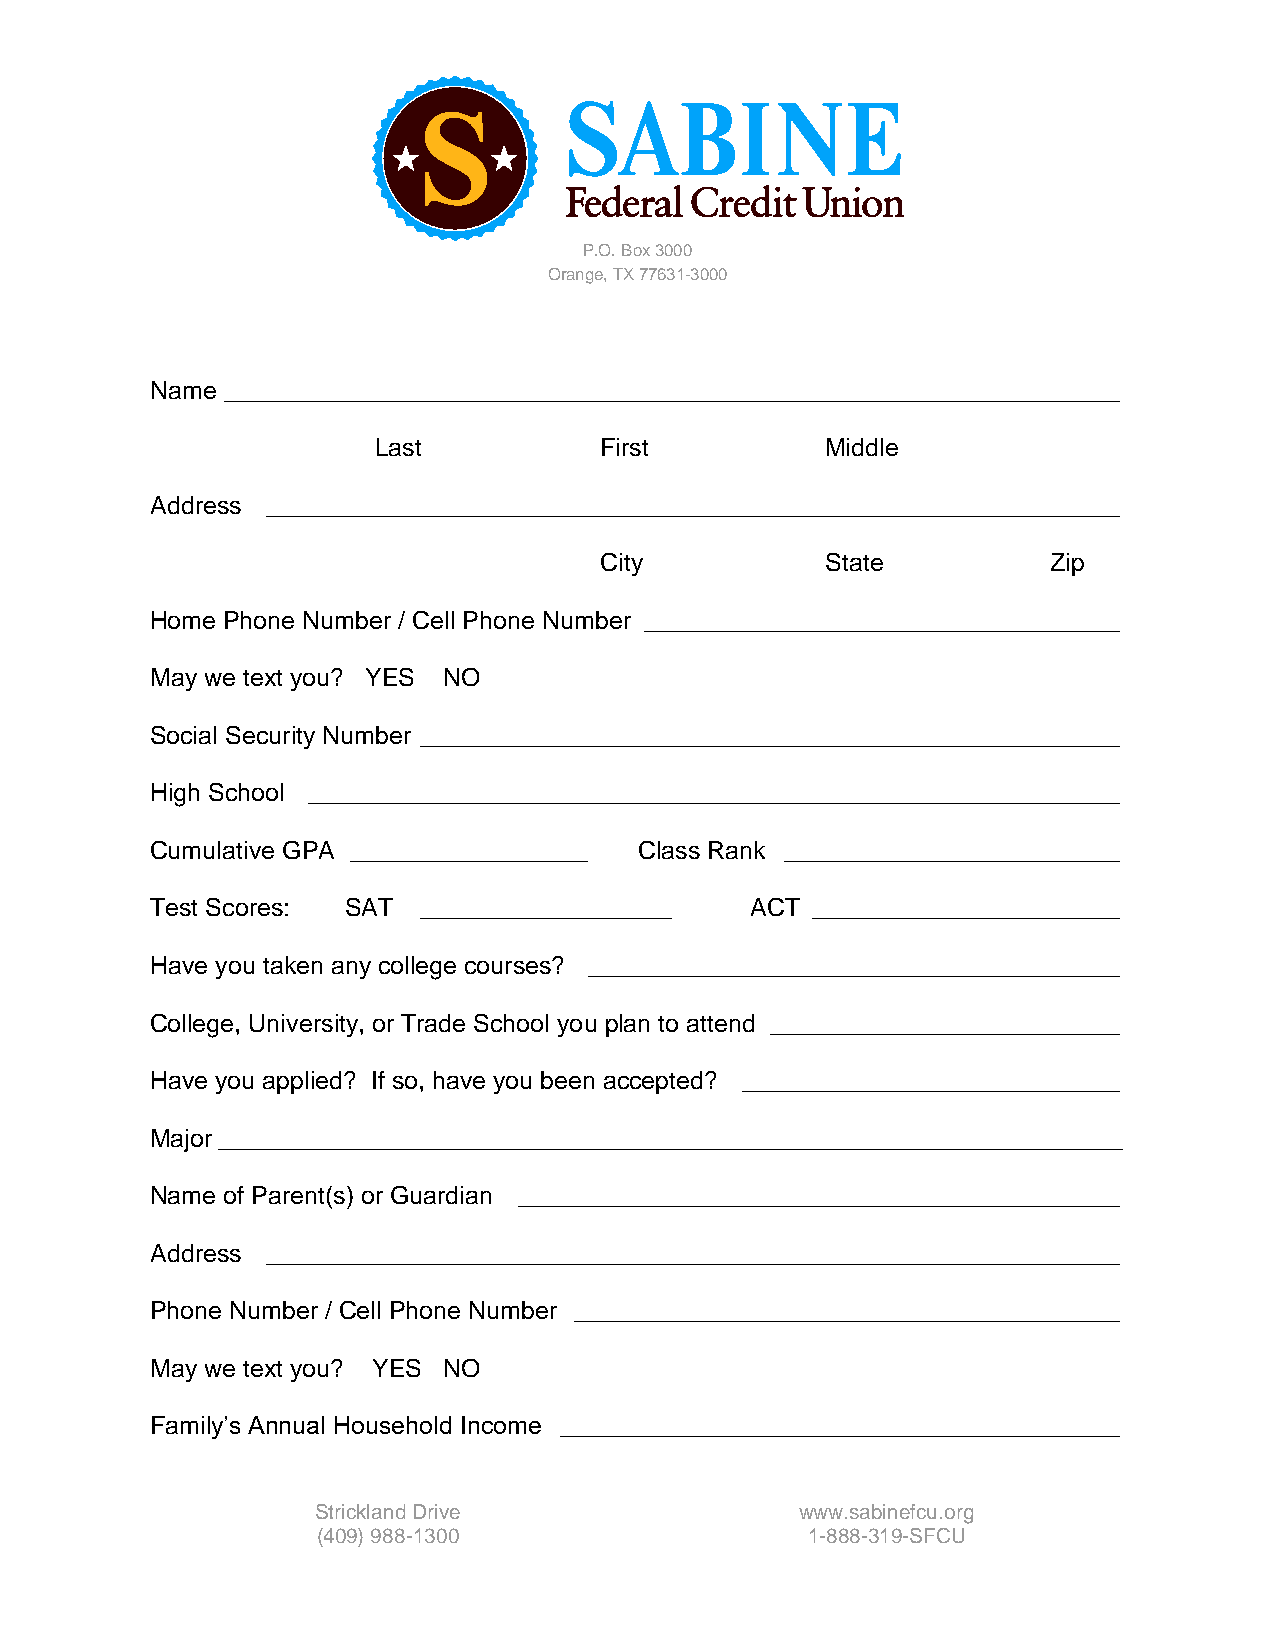
P.O. Box 3000
 Orange, TX 77631-3000
 Name ________________________________________________________________
 Last           First          Middle
 Address _____________________________________________________________
 City           State          Zip
 Home Phone Number / Cell Phone Number __________________________________
 May we text you? YES NO
 Social Security Number __________________________________________________
 High School __________________________________________________________
 Cumulative GPA _________________ Class Rank ________________________
 Test Scores: SAT  __________________    ACT ______________________
 Have you taken any college courses? ______________________________________
 College, University, or Trade School you plan to attend _________________________
 Have you applied? If so, have you been accepted? ___________________________
 Major _________________________________________________________________
 Name of Parent(s) or Guardian ___________________________________________
 Address _____________________________________________________________
 Phone Number / Cell Phone Number _______________________________________
 May we text you? YES NO
 Family’s Annual Household Income ________________________________________
 Strickland Drive                www.sabinefcu.org
 (409) 988-1300                  1-888-319-SFCU